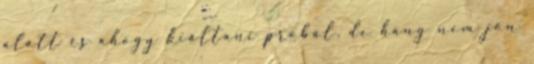
alatt és ahogy kiáltani próbál. de hang nem jön